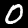
Digit: 0